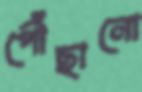
পৌঁছানো